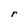
Character: r